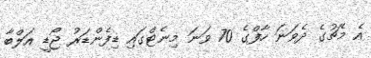
އެ މެޗުގެ ދެވަނަ ހާފްގެ 70 ވަނަ މިނެޓްގައި ޑިފެންޑަރު ޖޯޑީ އަލްބާ